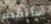
سأتقدم